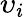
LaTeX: \upsilon_{i}